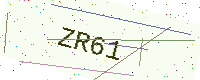
Text: ZR61